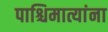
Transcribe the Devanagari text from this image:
पाश्चिमात्यांना